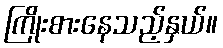
ကြိုးစားနေသည့်နှယ်။